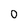
Character: 0